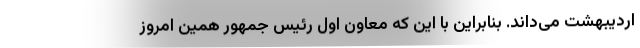
اردیبهشت می‌داند. بنابراین با این که معاون اول رئیس جمهور همین امروز